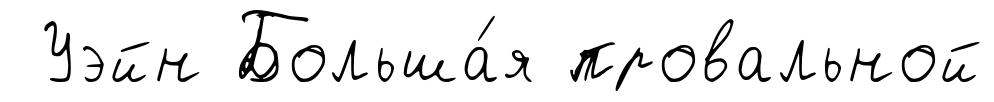
Уэйн Больша́я провальной